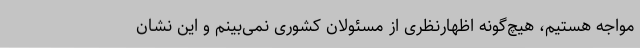
مواجه هستیم، هیچ‌گونه اظهارنظری از مسئولان کشوری نمی‌بینم و این نشان